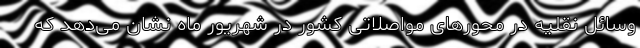
وسائل نقلیه در محورهای مواصلاتی کشور در شهریور ماه نشان می‌دهد که